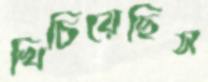
খিচিয়েছিস